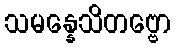
သမန္နေသိတဗ္ဗော